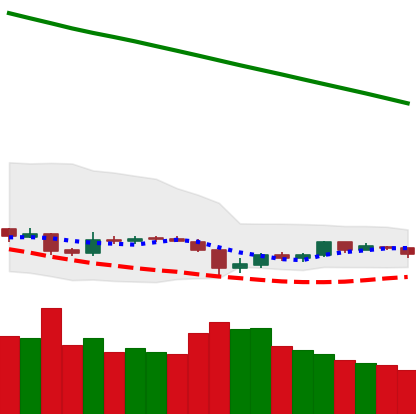
Ticker: EOS-USD
Chart end date: 2019-02-06
Forward return: 17.407%
Label: up_7plus